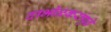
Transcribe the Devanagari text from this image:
दाभोळकरांपुढे